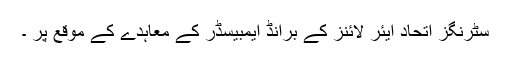
سٹرنگز اتحاد ایئر لائنز کے برانڈ ایمبیسڈر کے معاہدے کے موقع پر ۔